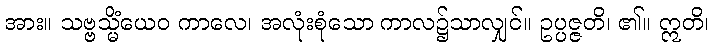
အား။ သဗ္ဗသ္မိံယေဝ ကာလေ၊ အလုံးစုံသော ကာလ၌သာလျှင်။ ဥပ္ပဇ္ဇတိ၊ ၏။ ဣတိ၊